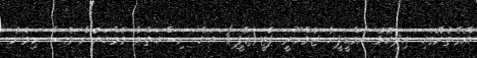
އޭގެތެރޭގައި އިދިކޮޅު އެމްޑީޕީއާ ޖުމްހޫރީ ޕާޓީ(ޖޭޕީ) އަށް ނިސްބަތްވާ މެމްބަރުން ވެސް ހިމެނެ